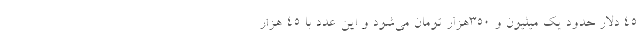
۴۵ دلار حدود یک میلیون و ۳۵۰هزار تومان می‌شود و این عدد با ۴۵ هزار